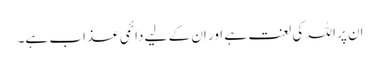
اِن پر اللہ کی لعنت ہے اور اِن کے لیے دائمی عذاب ہے۔